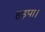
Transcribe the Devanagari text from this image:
हड़पा।